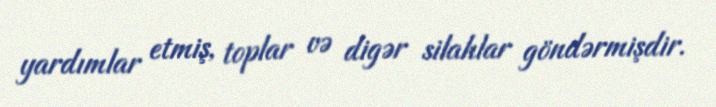
yardımlar etmiş, toplar və digər silahlar göndərmişdir.